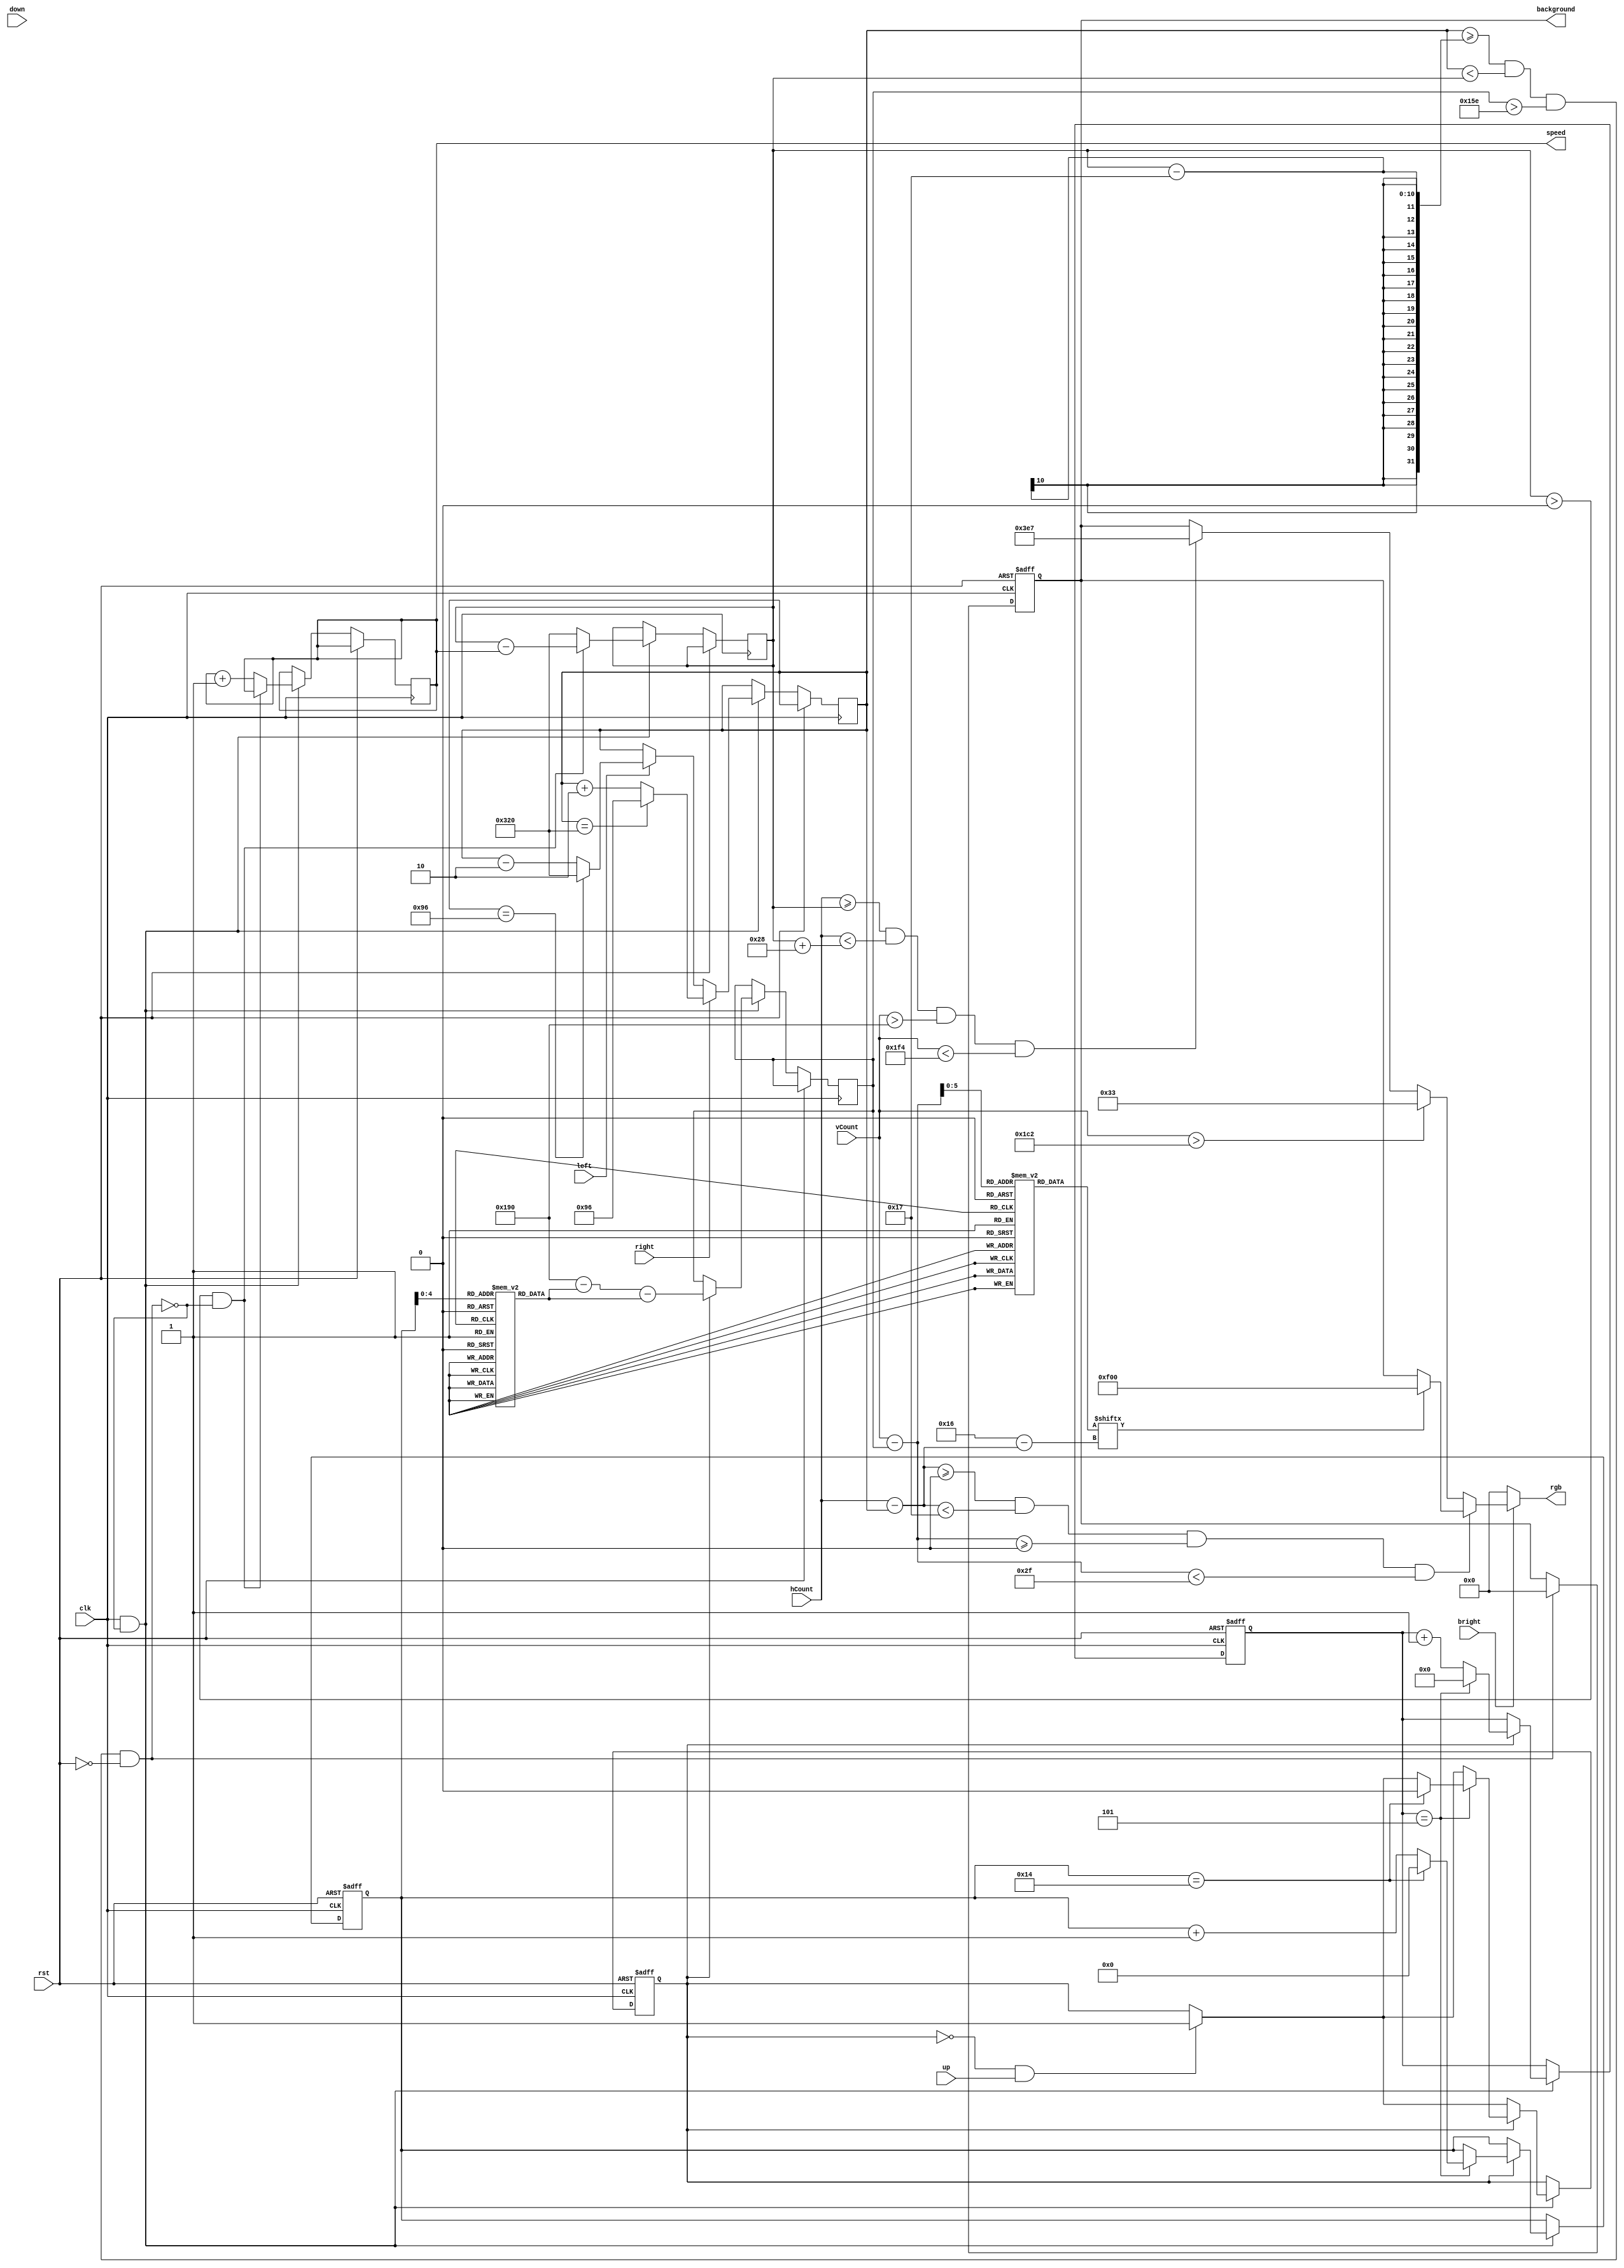
module test_rex_controller(
	input clk, //this clock must be a slow enough clock to view the changing positions of the objects
	input bright,
	input rst,
	input up, input down, input left, input right,
	input [9:0] hCount, vCount,
	output reg [11:0] rgb,
	output reg [11:0] background,
	output reg[8:0] speed
   );
	wire block_fill;
	
	//these two values dictate the center of the block, incrementing and decrementing them leads the block to move in certain directions
	reg [9:0] xpos, ypos, relative_x, relative_y;
	reg [9:0] xpos_obs, ypos_obs;
	reg [22:0] dino [46:0];
	reg [6:0] jumping [26:0];
	reg [19:0] millisecond;
    reg [8:0] second, speed;
    reg bool;


	initial begin
        dino[0] = 23'b00000000000000000000000;
        dino[1] = 23'b00000000000000000000000;
        dino[2] = 23'b00111111110000000000000;
        dino[3] = 23'b00111111110000000000000;
        dino[4] = 23'b01111111111000000000000;
        dino[5] = 23'b01111111011000000000000;
        dino[6] = 23'b01111111011000000000000;
        dino[7] = 23'b01111111111000000000000;
        dino[8] = 23'b01111111111000000000000;
        dino[9] = 23'b01111111111000000000000;
        dino[10] = 23'b01111111111000000000000;
        dino[11] = 23'b01111111111000000000000;
        dino[12] = 23'b01111111111000000000000;
        dino[13] = 23'b00000011111000000000000;
        dino[14] = 23'b00000011111000000000000;
        dino[15] = 23'b00011111111000000000000;
        dino[16] = 23'b00011111111000000000000;
        dino[17] = 23'b00000001111100000000100;
        dino[18] = 23'b00000001111100000000100;
        dino[19] = 23'b00000001111110000000100;
        dino[20] = 23'b00000001111110000000100;
        dino[21] = 23'b00000111111111100001100;
        dino[22] = 23'b00000111111111100001100;
        dino[23] = 23'b00000101111111110011100;
        dino[24] = 23'b00000101111111110011100;
        dino[25] = 23'b00000001111111111111100;
        dino[26] = 23'b00000001111111111111100;
        dino[27] = 23'b00000001111111111111100;
        dino[28] = 23'b00000001111111111111100;
        dino[29] = 23'b00000001111111111111000;
        dino[30] = 23'b00000000111111111111000;
        dino[31] = 23'b00000000111111111110000;
        dino[32] = 23'b00000000111111111110000;
        dino[33] = 23'b00000000011111111100000;
        dino[34] = 23'b00000000011111111100000;
        dino[35] = 23'b00000000001111111000000;
        dino[36] = 23'b00000000001111111000000;
        dino[37] = 23'b00000000011001110000000;
        dino[38] = 23'b00000000011001110000000;
        dino[39] = 23'b00000000000000110000000;
        dino[40] = 23'b00000000000000110000000;
        dino[41] = 23'b00000000000000010000000;
        dino[42] = 23'b00000000000000010000000;
        dino[43] = 23'b00000000000000110000000;
        dino[44] = 23'b00000000000000110000000;
        dino[45] = 23'b00000000000000000000000;
        dino[46] = 23'b00000000000000000000000;
        
        jumping[0] = 8'd0;  
        jumping[1] = 8'd12;   
        jumping[2] = 8'd23;  
        jumping[3] = 8'd33;
        jumping[4] = 8'd42;  
        jumping[5] = 8'd50;  
        jumping[6] = 8'd57;  
        jumping[7] = 8'd63;
        jumping[8] = 8'd68;  
        jumping[9] = 8'd72;  
        jumping[10] = 8'd75; 
        jumping[11] = 8'd72;
        jumping[12] = 8'd68; 
        jumping[13] = 8'd63; 
        jumping[14] = 8'd57;
         jumping[15] = 8'd50;
        jumping[16] = 8'd42; 
        jumping[17] = 8'd33; 
        jumping[18] = 8'd23; 
        jumping[19] = 8'd12;
        jumping[20] = 8'd0; 
//        jumping[21] = 8'd136; 
//        jumping[22] = 8'd139; 
//        jumping[23] = 8'd141;
//        jumping[24] = 8'd144; 
//        jumping[25] = 8'd145; 
//        jumping[26] = 8'd147; 
//        jumping[27] = 8'd148;
//        jumping[28] = 8'd149; 
//        jumping[29] = 8'd149; 
//        jumping[30] = 8'd150; 
//        jumping[31] = 8'd149;
//        jumping[32] = 8'd149; 
//        jumping[33] = 8'd148; 
//        jumping[34] = 8'd147; 
//        jumping[35] = 8'd145;
//        jumping[36] = 8'd144; 
//        jumping[37] = 8'd141; 
//        jumping[38] = 8'd139; 
//        jumping[39] = 8'd136;
//        jumping[40] = 8'd133; 
//        jumping[41] = 8'd129; 
//        jumping[42] = 8'd126; 
//        jumping[43] = 8'd121;
//        jumping[44] = 8'd117; 
//        jumping[45] = 8'd112; 
//        jumping[46] = 8'd107; 
//        jumping[47] = 8'd101;
//        jumping[48] = 8'd95;  
//        jumping[49] = 8'd89;  
//        jumping[50] = 8'd83;  
//        jumping[51] = 8'd76;
//        jumping[52] = 8'd69;  
//        jumping[53] = 8'd61;  
//        jumping[54] = 8'd54;  
//        jumping[55] = 8'd45;
//        jumping[56] = 8'd37; 
//        jumping[57] = 8'd28; 
//        jumping[58] = 8'd19;  
//        jumping[59] = 8'd9;

           millisecond <= 0;
           second <= 0;
           bool <= 0;
           
            xpos_obs <= 800;
            xpos<=200;
		    ypos<=400;
		    speed <= 1;
           
        
        
    end

	
	parameter RED   = 12'b1111_0000_0000;
	parameter obstacle_width = 40;  // Width of the obstacle
    parameter obstacle_height = 100; // Height of the obstacle
    parameter ground_level = 400;   // Y-coordinate of the ground level
    wire collision;
    
    assign collision =  (xpos >= xpos_obs - 23 && xpos < xpos_obs )
    &&
    (ypos > 350)
    &&
    (~rst);
	
	/*when outputting the rgb value in an always block like this, make sure to include the if(~bright) statement, as this ensures the monitor 
	will output some data to every pixel and not just the images you are trying to display*/
	always@ (*) begin
    	if(~bright )	//force black if not inside the display area
			rgb = 12'b0000_0000_0000;
		 else 
		 begin
        // Calculate relative position in the bitmap
       relative_x = hCount - xpos; // Adjusted for sprite width (centering)
       relative_y = vCount - ypos;
       
        

        // Check if within the bounds of the bitmap
        if (relative_x >= 0 && relative_x < 23 && relative_y >= 0 && relative_y < 47) begin
            // Check if the corresponding bit in the bitmap is set
            if (dino[relative_y][22 - relative_x])
            begin
                rgb = RED; // Set color to red if the bit is set
                end
            else
                rgb = background; // Else, use the background color
                
        end else
        if (vCount > 450) begin
            rgb = 12'b0000_0011_0011;
        end
        else
        if (hCount >= xpos_obs && hCount < xpos_obs + obstacle_width &&
            vCount > ground_level && vCount < ground_level + obstacle_height) begin
            rgb = 12'b0011_1110_0111; // Red color for the obstacle
        end else begin
            rgb = background; // Outside the bitmap, use the background color
            end
                
	 end
end
		//the +-5 for the positions give the dimension of the block (i.e. it will be 10x10 pixels
	
	always@(posedge clk, posedge rst) 
	begin
		if(rst)
		begin 
			//rough values for center of screen
			millisecond <= 0;
            second <= 0;
            bool <= 0;
		end
		else if ((clk)&&(collision == 0)) begin
		  if ((bool == 0) && (up)) begin
		      bool <= 1;
		      end
	      if (bool == 1) begin
	          millisecond <= millisecond + 1;
	          if (millisecond == 5) begin
	               millisecond <= 0;
	               second <= second + 1;
	               if (second == 20) begin
	                   second <= 0;
	                   bool <= 0;
	               end
	          end
	          ypos = 400-jumping[second]-jumping[second];
	     end
	     
	     if ((xpos_obs > 0)&& (collision == 0)) begin
                xpos_obs <= xpos_obs - speed; // Move left
            end
            else begin
                xpos_obs <= 800; // Reset to the right side
                speed <= speed + 1;
            end
	    
	    
		
		
		/* Note that the top left of the screen does NOT correlate to vCount=0 and hCount=0. The display_controller.v file has the 
			synchronizing pulses for both the horizontal sync and the vertical sync begin at vcount=0 and hcount=0. Recall that after 
			the length of the pulse, there is also a short period called the back porch before the display area begins. So effectively, 
			the top left corner corresponds to (hcount,vcount)~(144,35). Which means with a 640x480 resolution, the bottom right corner 
			corresponds to ~(783,515).  
		*/
			if(right) begin
				xpos<=xpos+2; //change the amount you increment to make the speed faster 
				if(xpos==800) //these are rough values to attempt looping around, you can fine-tune them to make it more accurate- refer to the block comment above
					xpos<=150;
			end
			else if(left) begin
				xpos<=xpos-2;
				if(xpos==150)
					xpos<=800;
			end
			end
		end
	


//	always@(posedge clk, posedge rst)begin
//	   if (rst) begin
//	        millisecond <= 0;
//            second <= 0;
//            bool <= 0;
//        end
//       else if (clk) begin
//           if(up == 1 && bool == 0)begin //Check for jump button status
//                    bool <= 1;
//                end
//           if(bool == 1)begin //If the button has been pressed then poll y value from file every 10 milliseconds
//                    millisecond <= millisecond + 1;
//                    if(millisecond == 5)begin
//                        millisecond <= 0;
//                        second <= second + 1;
//                    end
//                    if(second == 20)begin
//                        second <= 0;
//                        bool <= 0;
//                    end
//                end
//                 //Assign output to the current line in the y position data file
//            end
//    end //end of main block
	
	//the background color reflects the most recent button press
	always@(posedge clk, posedge rst) begin
		if(rst)
			background <= 12'b1111_1111_1111;
			
//			if(right)
//				background <= 12'b1111_1111_0000;
//			else if(left)
//				background <= 12'b0000_1111_1111;
//			else if(down)
//				background <= 12'b0000_1111_0000;
//			else if(up)
//				background <= 12'b0000_0000_1111;
			else if(collision)
			     background <= 12'b0000_0000_0000;

	end

	
	
endmodule